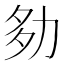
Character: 𡖎